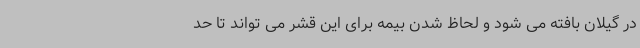
در گیلان بافته می شود و لحاظ شدن بیمه برای این قشر می تواند تا حد